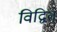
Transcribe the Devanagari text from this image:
विद्वित्